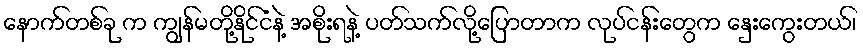
နောက်တစ်ခု က ကျွန်မတို့နိုင်ငံနဲ့ အစိုးရနဲ့ ပတ်သက်လို့ပြောတာက လုပ်ငန်းတွေက နှေးကွေးတယ်၊